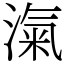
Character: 滊